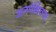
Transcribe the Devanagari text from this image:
अनपेक्षितता